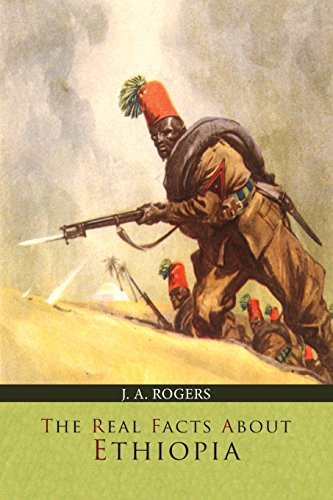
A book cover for The Real Facts about Ethiopia; J. A. Rogers; History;